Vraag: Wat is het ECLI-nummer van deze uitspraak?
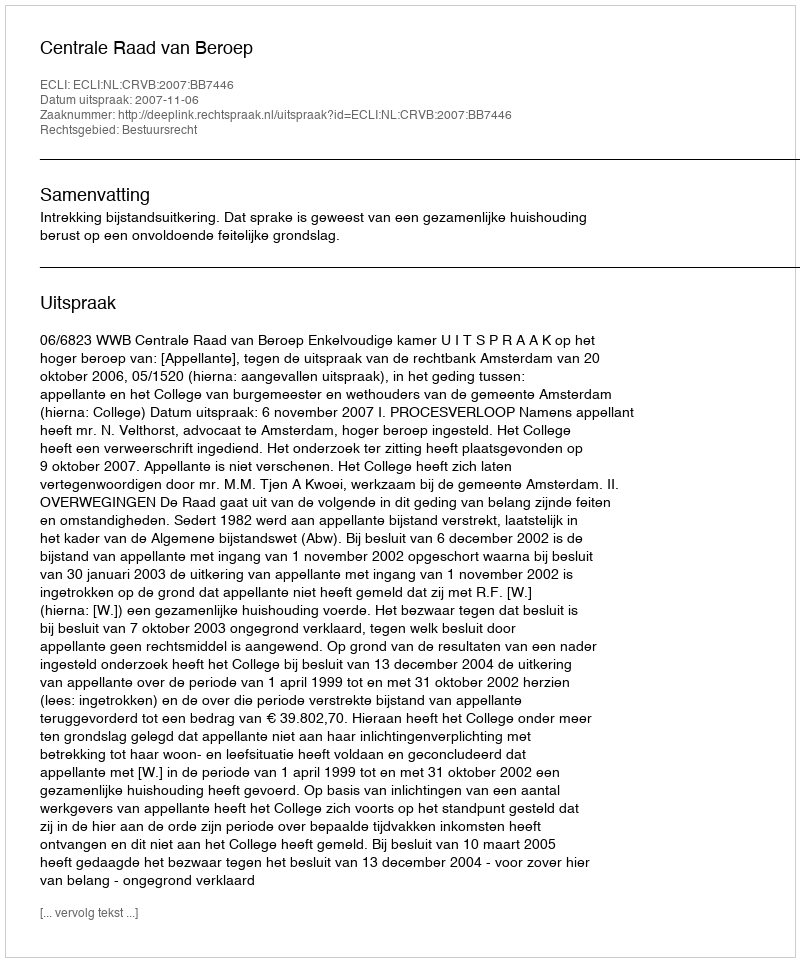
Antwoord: ECLI:NL:CRVB:2007:BB7446